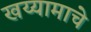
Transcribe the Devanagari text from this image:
खय्यामाचे